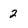
Character: 2